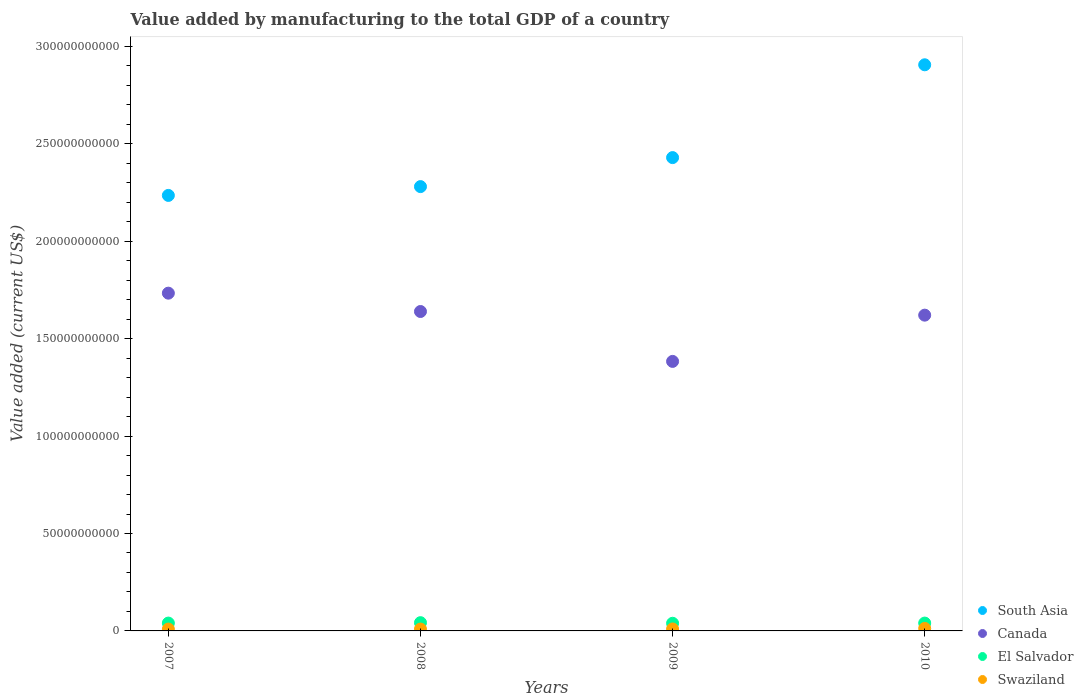
| Years | South Asia | Canada | El Salvador | Swaziland |
 | --- | --- | --- | --- | --- |
 | 2007 | 2.24e+11 | 1.73e+11 | 4.03e+09 | 9.49e+08 |
 | 2008 | 2.28e+11 | 1.64e+11 | 4.23e+09 | 9.46e+08 |
 | 2009 | 2.43e+11 | 1.38e+11 | 3.92e+09 | 1.01e+09 |
 | 2010 | 2.91e+11 | 1.62e+11 | 4.03e+09 | 1.28e+09 |